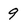
Character: 9